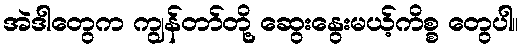
အဲဒါတွေက ကျွန်တာ်တို့ ဆွေးနွေးမယ့်ကိစ္စ တွေပါ။